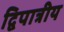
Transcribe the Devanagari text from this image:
द्विपात्रीय